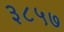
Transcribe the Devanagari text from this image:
३८५७